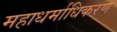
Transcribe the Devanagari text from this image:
महाधर्माधिकरण